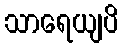
သာရေယျပိ